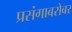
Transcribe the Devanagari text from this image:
प्रसंगाबरोबर